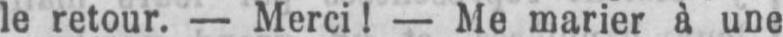
le retour. - Merci! - Me marier à une